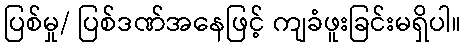
ပြစ်မှု/ ပြစ်ဒဏ်အနေဖြင့် ကျခံဖူးခြင်းမရှိပါ။